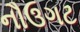
નૌઉગટ